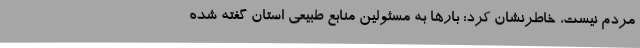
مردم نیست، خاطرنشان کرد: بارها به مسئولین منابع طبیعی استان گفته شده